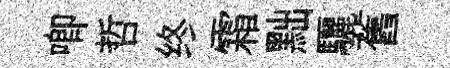
唧哲终霜黜驪舊